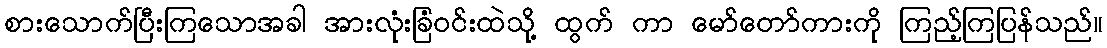
စားသောက်ပြီးကြသောအခါ အားလုံးခြံဝင်းထဲသို့ ထွက် ကာ မော်တော်ကားကို ကြည့်ကြပြန်သည်။